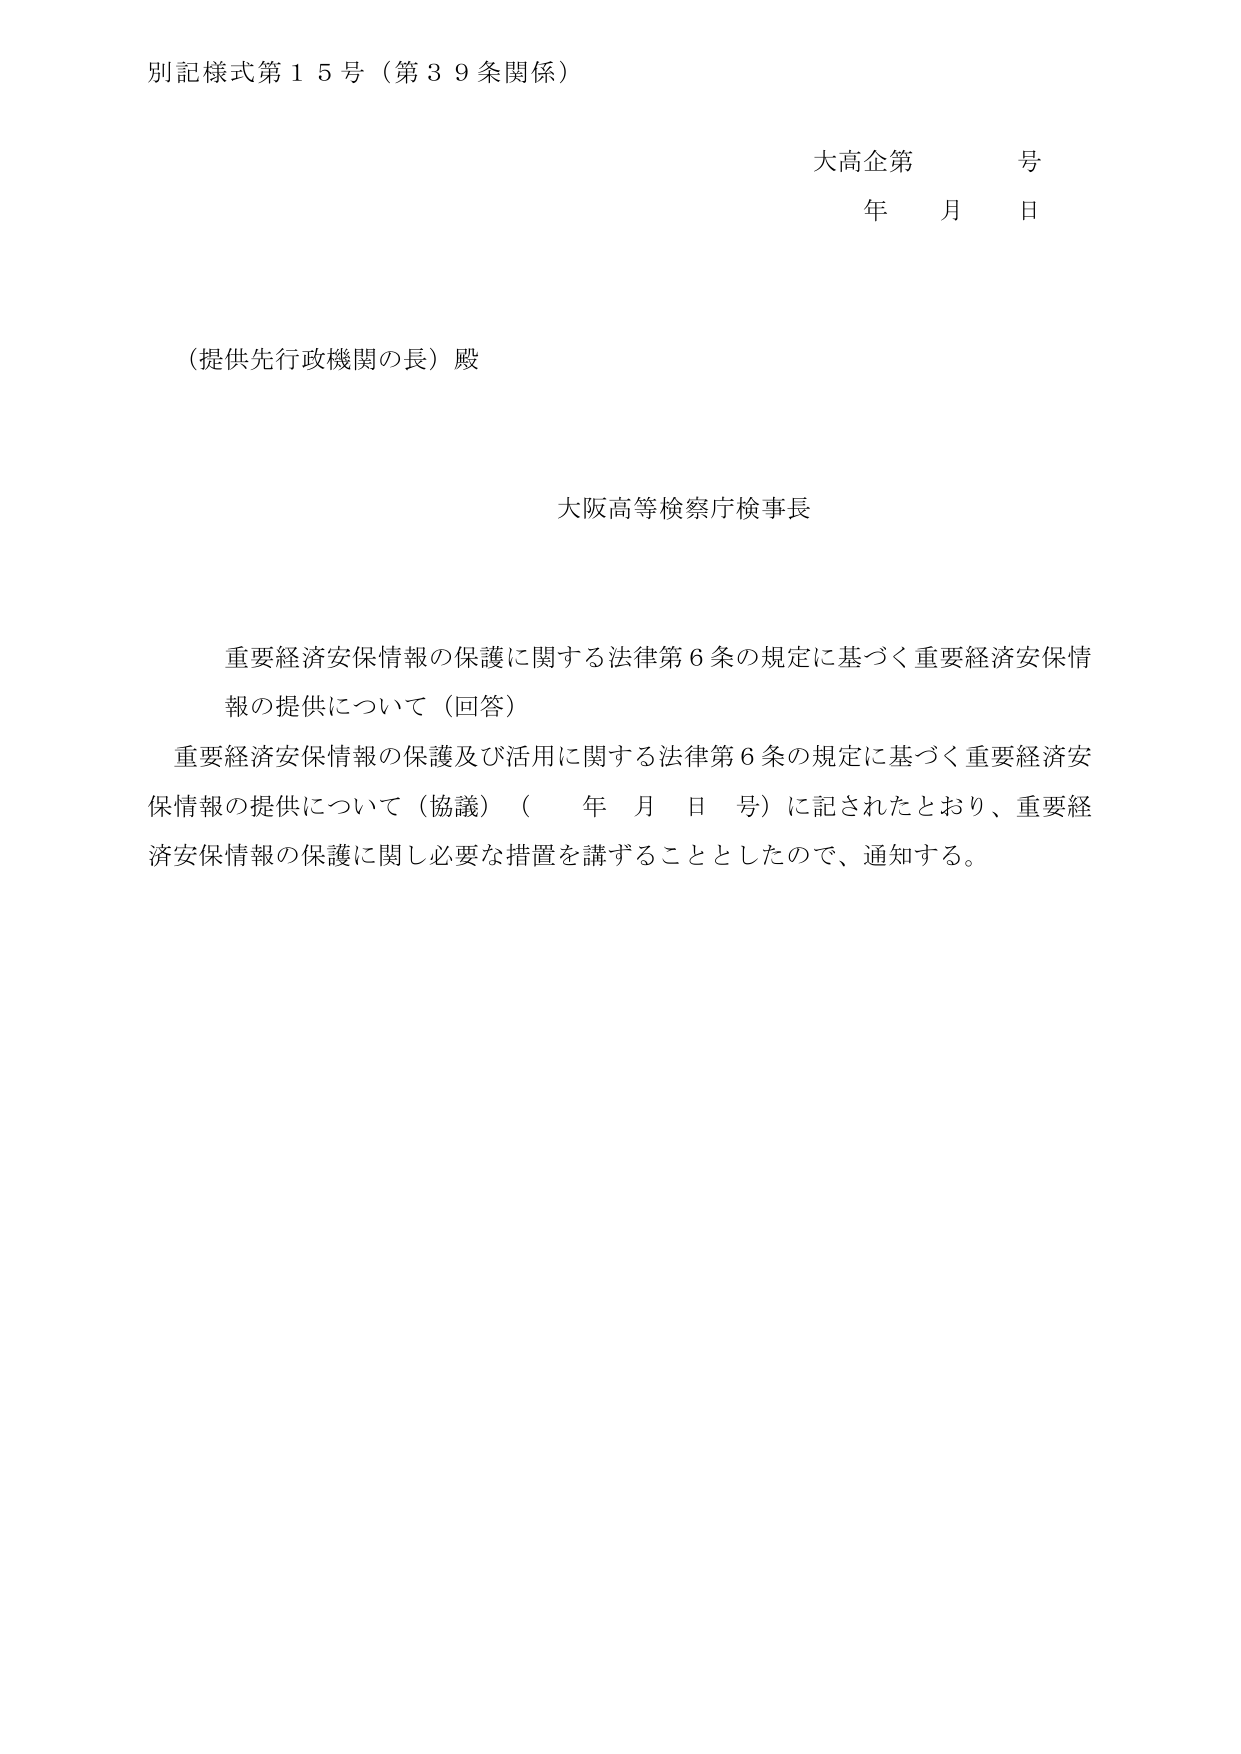
別記様式第１５号（第３９条関係）

大高企第　　号
年　　月　　日

（提供先行政機関の長）殿

大阪高等検察庁検事長

重要経済安保情報の保護に関する法律第６条の規定に基づく重要経済安保情報の提供について（回答）
重要経済安保情報の保護及び活用に関する法律第６条の規定に基づく重要経済安保情報の提供について（協議）（　　年　　月　　日　　号）に記されたとおり、重要経済安保情報の保護に関し必要な措置を講ずることとしたので、通知する。